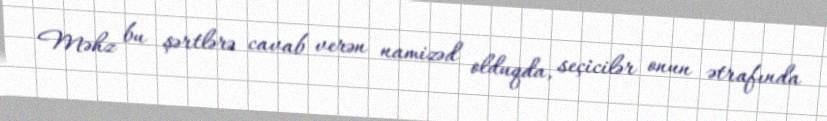
Məhz bu şərtlərə cavab verən namizəd olduqda, seçicilər onun ətrafında